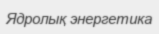
Ядролық энергетика